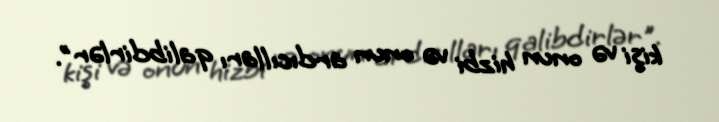
kişi və onun hizbi və onun ardıcılları qalibdirlər".